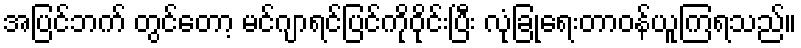
အပြင်ဘက် တွင်တော့ မင်ဂျာရင်ပြင်ကိုဝိုင်းပြီး လုံခြုံရေးတာဝန်ယူကြရသည်။